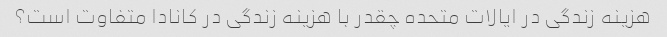
هزینه زندگی در ایالات متحده چقدر با هزینه زندگی در کانادا متفاوت است؟